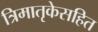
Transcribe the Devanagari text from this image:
त्रिमातृकेसहित